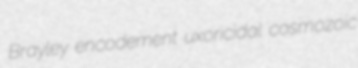
Brayley encodement uxoricidal cosmozoic